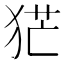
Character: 𤞽